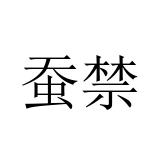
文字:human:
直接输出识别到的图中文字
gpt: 蚕禁